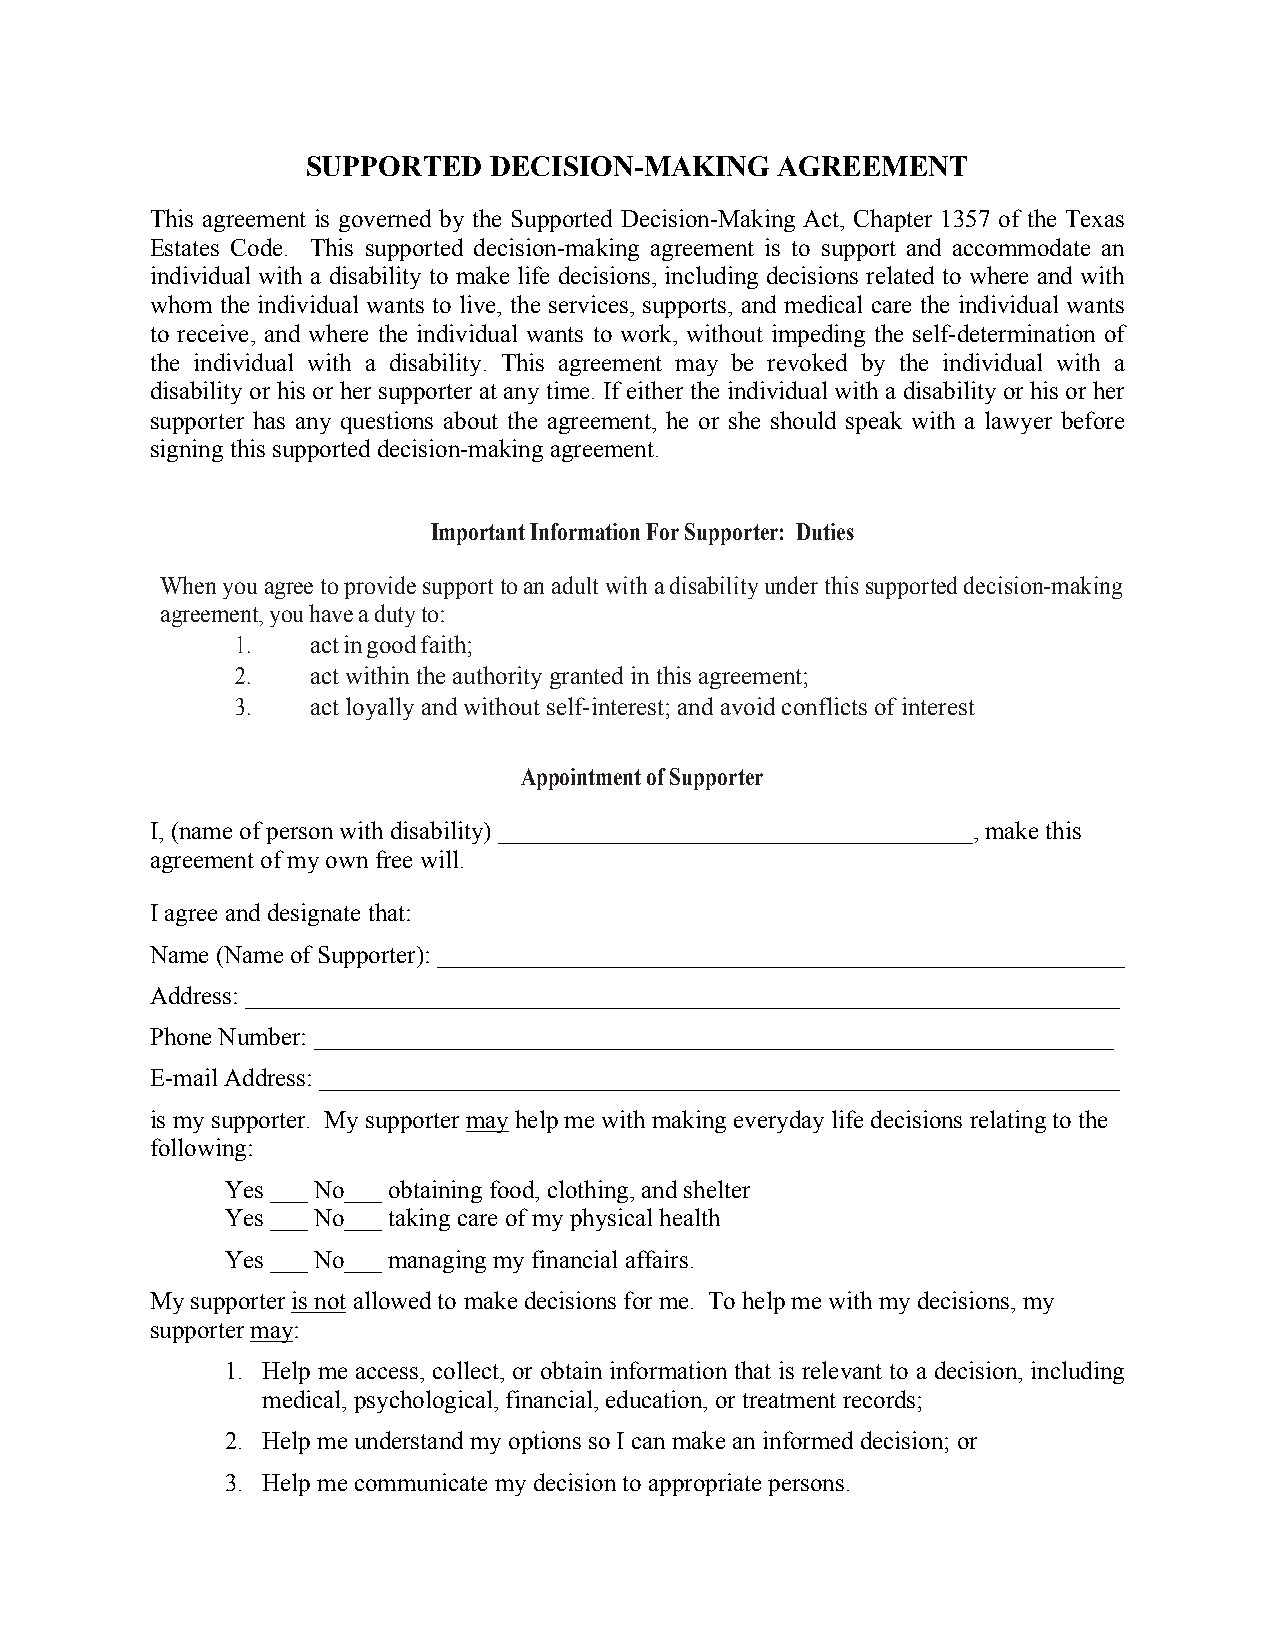
SUPPORTED   DECISION-MAKING    AGREEMENT
 This agreement is governed by the Supported Decision-Making Act, Chapter 1357 of the Texas
 Estates Code. This supported decision-making agreement is to support and accommodate an
 individual with a disability to make life decisions, including decisions related to where and with
 whom the individual wants to live, the services, supports, and medical care the individual wants
 to receive, and where the individual wants to work, without impeding the self-determination of
 the individual with a disability. This agreement may be revoked by the individual with a
 disability or his or her supporter at any time. If either the individual with a disability or his or her
 supporter has any questions about the agreement, he or she should speak with a lawyer before
 signing this supported decision-making agreement.
 Important Information For Supporter: Duties
 When you agree to provide support to an adult with a disability under this supported decision-making
 agreement, you have a duty to:
 1.   act in good faith;
 2.   act within the authority granted in this agreement;
 3.   act loyally and without self-interest; and avoid conflicts of interest
 Appointment of Supporter
 I, (name of person with disability) ______________________________________, make this
 agreement of my own free will.
 I agree and designate that:
 Name (Name of Supporter): _______________________________________________________
 Address: ______________________________________________________________________
 Phone Number: ________________________________________________________________
 E-mail Address: ________________________________________________________________
 is my supporter. My supporter may help me with making everyday life decisions relating to the
 following:
 Yes ___ No___ obtaining food, clothing, and shelter
 Yes ___ No___ taking care of my physical health
 Yes ___ No___ managing my financial affairs.
 My supporter is not allowed to make decisions for me. To help me with my decisions, my
 supporter may:
 1. Help me access, collect, or obtain information that is relevant to a decision, including
 medical, psychological, financial, education, or treatment records;
 2. Help me understand my options so I can make an informed decision; or
 3. Help me communicate my decision to appropriate persons.